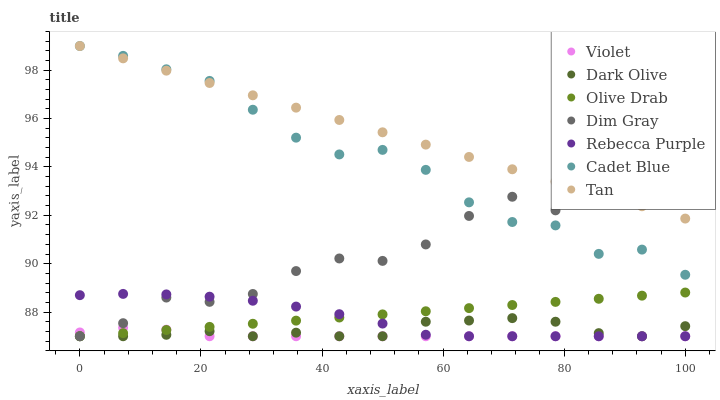
| xaxis_label | Violet | Dark Olive | Olive Drab | Dim Gray | Rebecca Purple | Cadet Blue | Tan |
 | --- | --- | --- | --- | --- | --- | --- | --- |
 | 0 | 87.2 | 87 | 87 | 87 | 88.7 | 99 | 99 |
 | 7.14 | 87.4 | 87 | 87.1 | 87.5 | 88.8 | 98.6 | 98.5 |
 | 14.3 | 87.3 | 87.1 | 87.3 | 88.6 | 88.7 | 98 | 98 |
 | 21.4 | 87 | 87.2 | 87.4 | 88.4 | 88.6 | 97.6 | 97.5 |
 | 28.6 | 87 | 87 | 87.5 | 88.7 | 88.5 | 96.4 | 97 |
 | 35.7 | 87 | 87.1 | 87.6 | 89.7 | 88.2 | 95.2 | 96.5 |
 | 42.9 | 87 | 87 | 87.8 | 90.2 | 87.9 | 94.5 | 95.9 |
 | 50 | 87 | 87 | 87.9 | 90.1 | 87.5 | 94.7 | 95.4 |
 | 57.1 | 87 | 87.6 | 88 | 90.8 | 87.1 | 93.9 | 94.9 |
 | 64.3 | 87 | 87.6 | 88.2 | 92 | 87 | 92.5 | 94.4 |
 | 71.4 | 87 | 87.7 | 88.3 | 92.8 | 87 | 91.7 | 93.9 |
 | 78.6 | 87 | 87.6 | 88.4 | 92.2 | 87 | 91.6 | 93.4 |
 | 85.7 | 87 | 87.1 | 88.5 | 93 | 87 | 90.4 | 92.9 |
 | 92.9 | 87 | 87 | 88.7 | 94.2 | 87 | 90.6 | 92.4 |
 | 100 | 87 | 87.4 | 88.8 | 94.4 | 87 | 89.5 | 91.9 |